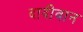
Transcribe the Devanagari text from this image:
दादीवान